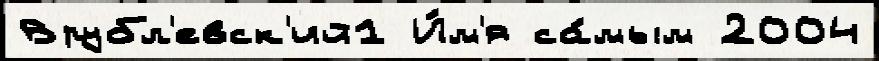
Врубл'евск'ий1 И́м'я са́мым 2004